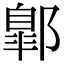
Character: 𨝲